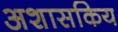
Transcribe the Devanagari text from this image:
अशासकिय